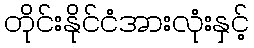
တိုင်းနိုင်ငံအားလုံးနှင့်